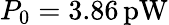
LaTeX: P_{0}=3.86\, \mathrm{pW}